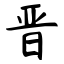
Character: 晋